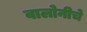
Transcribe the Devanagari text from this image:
वालोनीचे